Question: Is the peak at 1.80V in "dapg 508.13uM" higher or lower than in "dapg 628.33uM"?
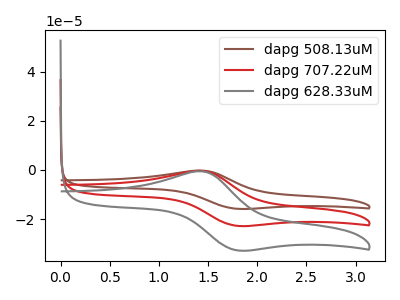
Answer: <think>The brown curve "dapg 508.13uM" has an anodic peak at (1.45V, -0.75uA) and a cathodic peak at (1.80V, -45.50uA). The red curve "dapg 707.22uM" has an anodic peak at (1.45V, -0.40uA) and a cathodic peak at (1.80V, -22.75uA). The gray curve "dapg 628.33uM" has an anodic peak at (1.45V, -0.55uA) and a cathodic peak at (1.80V, -32.75uA).</think>
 <answer>The peak at 1.80V is higher in "dapg 508.13uM" than in "dapg 628.33uM".</answer>
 <eval>higher</eval>